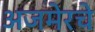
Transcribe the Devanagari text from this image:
अजमेरचे